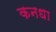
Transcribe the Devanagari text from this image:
कनधा